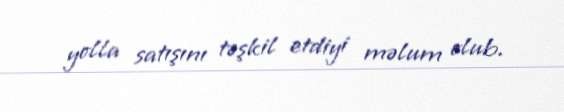
yolla satışını təşkil etdiyi məlum olub.